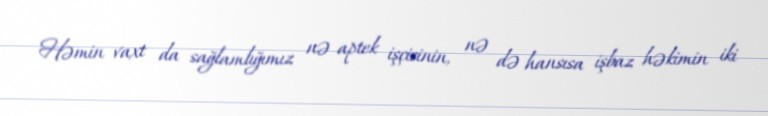
Həmin vaxt da sağlamlığımız nə aptek işçisinin, nə də hansısa işbaz həkimin iki